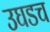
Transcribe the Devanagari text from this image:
उघडच